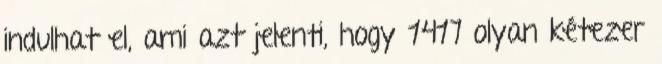
indulhat el, ami azt jelenti, hogy 1417 olyan kétezer